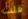
قلت